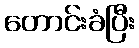
တောင်းခံပြီး